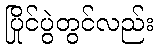
ပြိုင်ပွဲတွင်လည်း